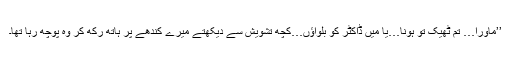
’’ماورا… تم ٹھیک تو ہونا…یا میں ڈاکٹر کو بلواؤں…کچھ تشویش سے دیکھتے میرے کندھے پر ہاتھ رکھ کر وہ پوچھ رہا تھا۔